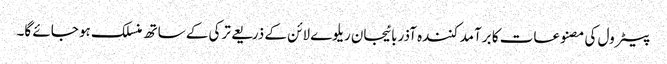
پیٹرول کی مصنوعات کا برآمد کنندہ آذربائیجان ریلوے لائن کے ذریعے ترکی کے ساتھ منسلک ہو جائے گا۔